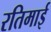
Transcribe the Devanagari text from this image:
रतिमाई